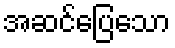
အဆင်ပြေသော